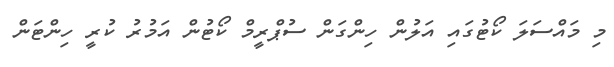
މި މައްސަލަ ކޯޓުގައި އަލުން ހިންގަން ސުޕްރީމް ކޯޓުން އަމުރު ކުރީ ހިންޓަން